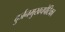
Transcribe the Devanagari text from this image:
दुर्जनमुखचपेटिका